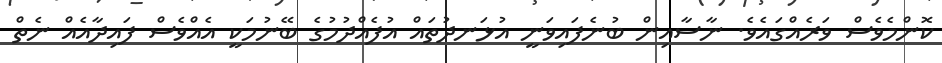
ކޮންމެވެސް ވަރެއްގައެވެ. ނާސާއިން ބުނެފައިވަނީ އުޅަނދުތައް އުފެއްދުމުގެ ބޭނުމަކީ އެއްވެސް ފައިދާއެއް ނެތް